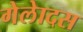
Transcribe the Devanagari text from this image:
गेलेादस